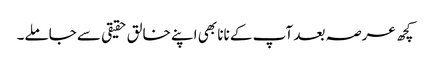
کچھ عرصہ بعد آپ کے نانا بھی اپنے خالق حقیقی سے جاملے۔